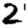
Digit: 2